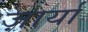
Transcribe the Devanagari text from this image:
ज़ार्या